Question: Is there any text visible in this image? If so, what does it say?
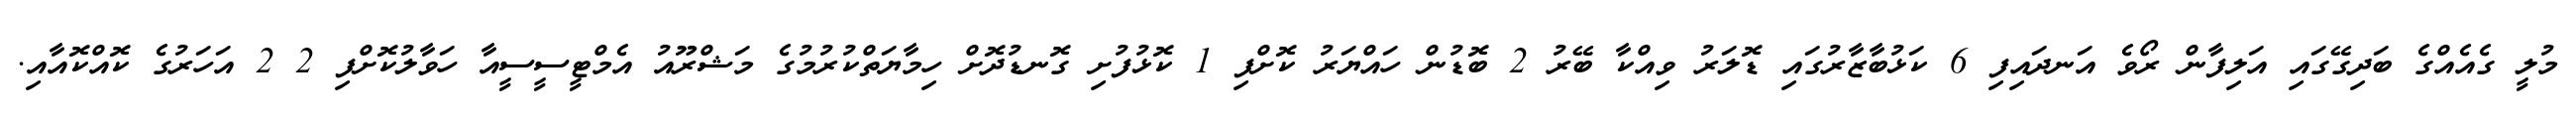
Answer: މުލީ ގެއެއްގެ ބަދިގޭގައި އަލިފާން ރޯވެ އަނދައިފި 6 ކަޅުބާޒާރުގައި ޑޮލަރު ވިއްކާ ބޭރު 2 ބޮޑުން ހައްޔަރު ކޮށްފި 1 ކޮޅުފުށި ގޮނޑުދޮށް ހިމާޔަތްކުރުމުގެ މަޝްރޫއު އެމްޓީސީސީއާ ހަވާލުކޮށްފި 2 2 އަހަރުގެ ކޮއްކޮއާއި.